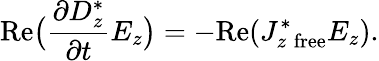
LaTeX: \mathrm{Re}\bigl({\frac{\partial D_{z}^{*}}{\partial t}}E_{z}\bigr)=-\mathrm{Re}(J_{z\; \mathrm{free}}^{*}E_{z}).